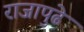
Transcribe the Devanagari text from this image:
राजापुढे